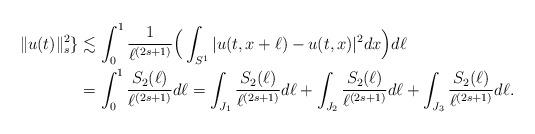
LaTeX: \begin{align*} \Vert u(t) \Vert_{s}^2 \rbrace &\lesssim \int_0^1 \frac{1}{\ell^{(2s+1)}} \Big( \int_{S^1}{|u(t,x+\ell)-u(t,x)|^2 dx} \Big) d \ell \\ &= \int_{0}^{1}{\frac{S_2(\ell)}{\ell^{(2s+1)}} d\ell}=\int_{J_1}{\frac{S_2(\ell)}{\ell^{(2s+1)}} d\ell}+\int_{J_2}{\frac{S_2(\ell)}{\ell^{(2s+1)}} d\ell}+\int_{J_3}{\frac{S_2(\ell)}{\ell^{(2s+1)}} d\ell}.\end{align*}